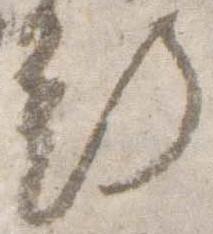
行